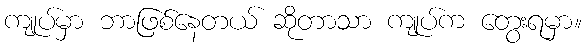
ကျုပ်မှာ ဘာဖြစ်နေတယ် ဆိုတာသာ ကျုပ်က တွေးရမှာ။